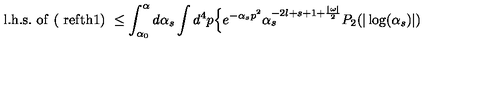
\mathrm { l . h . s . \ o f \ ( \ r e f { t h 1 } ) } \ \leq \int _ { \alpha _ { 0 } } ^ { \alpha } d \alpha _ { s } \int d ^ { 4 } p \Bigl \{ e ^ { - \alpha _ { s } p ^ { 2 } } \alpha _ { s } ^ { - 2 l + s + 1 + \frac { \vert \omega \vert } { 2 } } P _ { 2 } ( \vert \log ( \alpha _ { s } ) \vert )